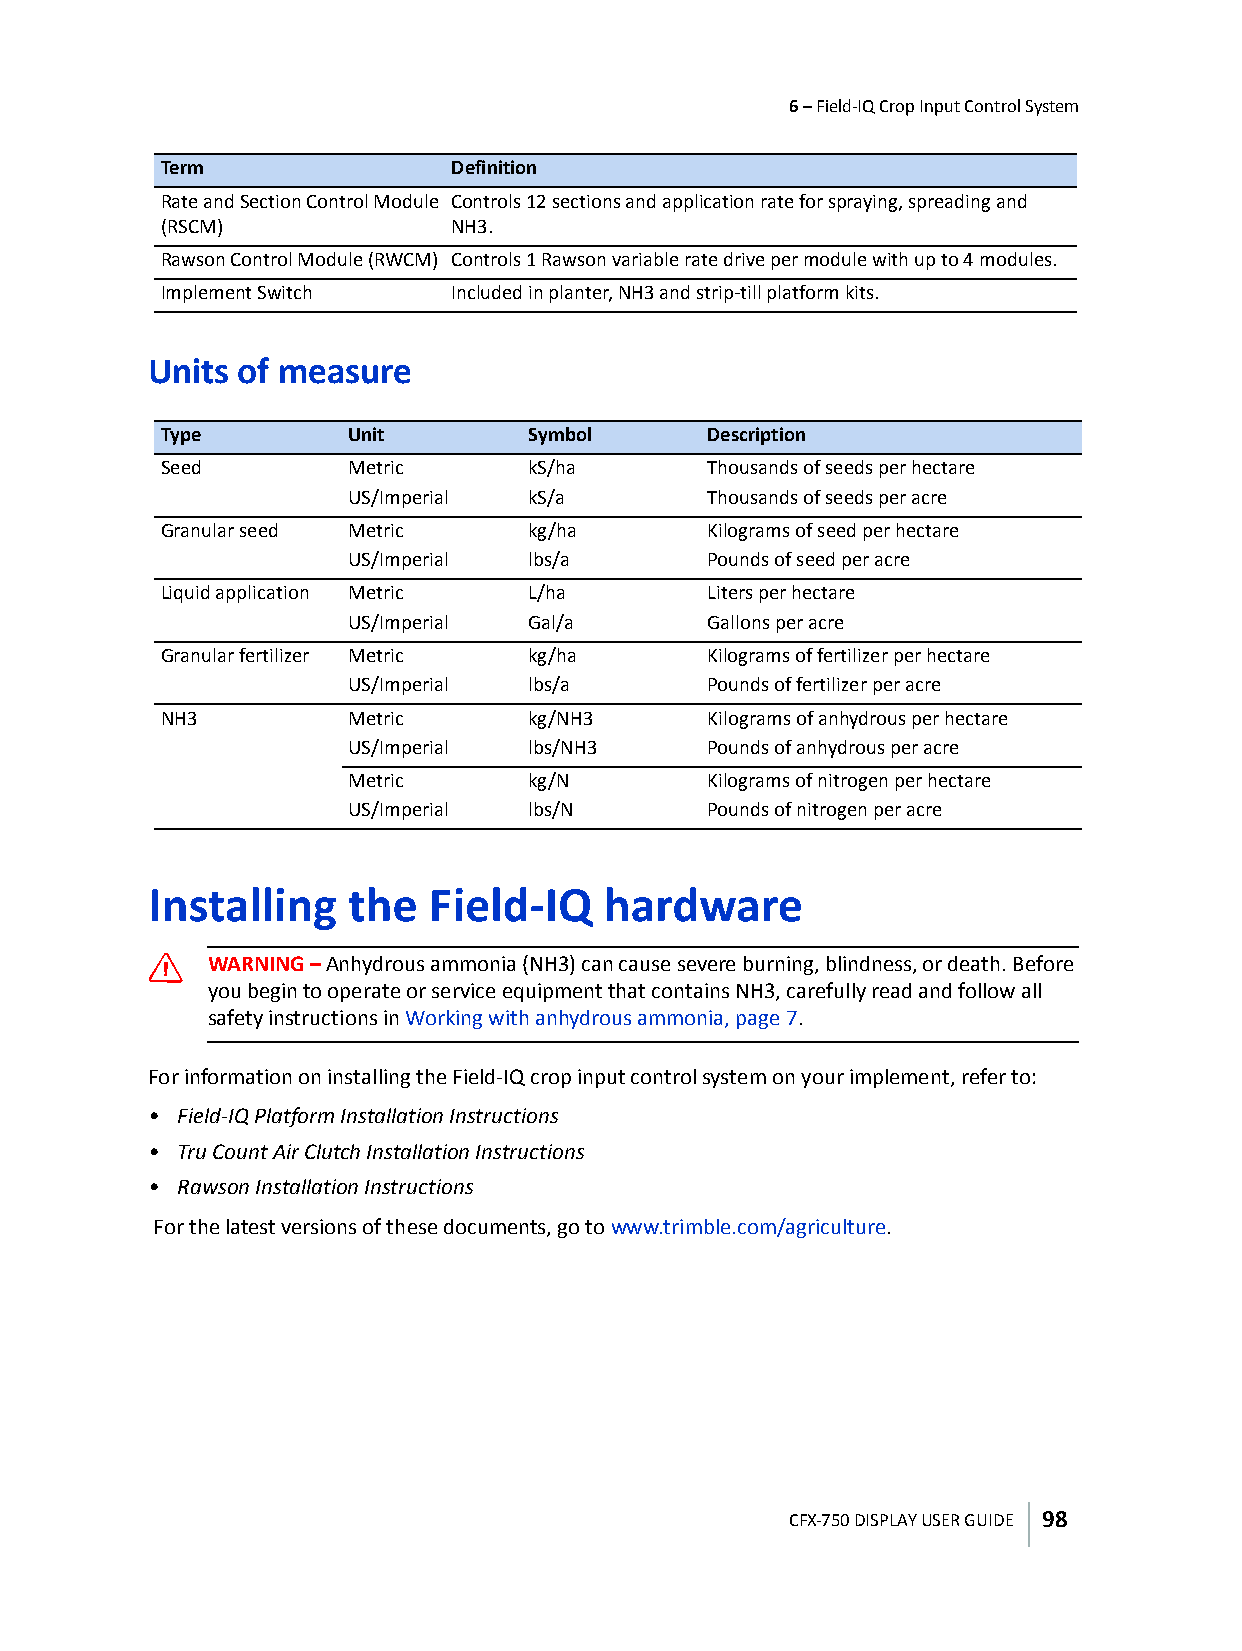
6 – Field-IQ Crop Input Control System
 Term               Definition
 Rate and Section Control Module Controls 12 sections and application rate for spraying, spreading and
 (RSCM)             NH3.
 Rawson Control Module (RWCM) Controls 1 Rawson variable rate drive per module with up to 4 modules.
 Implement Switch   Included in planter, NH3 and strip-till platform kits.
 Units of measure
 Type        Unit        Symbol      Description
 Seed        Metric      kS/ha       Thousands of seeds per hectare
 US/Imperial kS/a        Thousands of seeds per acre
 Granular seed Metric    kg/ha       Kilograms of seed per hectare
 US/Imperial lbs/a       Pounds of seed per acre
 Liquid application Metric L/ha      Liters per hectare
 US/Imperial Gal/a       Gallons per acre
 Granular fertilizer Metric kg/ha    Kilograms of fertilizer per hectare
 US/Imperial lbs/a       Pounds of fertilizer per acre
 NH3         Metric      kg/NH3      Kilograms of anhydrous per hectare
 US/Imperial lbs/NH3     Pounds of anhydrous per acre
 Metric      kg/N        Kilograms of nitrogen per hectare
 US/Imperial lbs/N       Pounds of nitrogen per acre
 Installing   the  Field-IQ    hardware
 C
 WARNING – Anhydrous ammonia (NH3) can cause severe burning, blindness, or death. Before
 you begin to operate or service equipment that contains NH3, carefully read and follow all
 safety instructions in Working with anhydrous ammonia, page 7.
 For information on installing the Field-IQ crop input control system on your implement, refer to:
 • Field-IQ Platform Installation Instructions
 • Tru Count Air Clutch Installation Instructions
 • Rawson Installation Instructions
 For the latest versions of these documents, go to www.trimble.com/agriculture.
 CFX-750 DISPLAY USER GUIDE 98